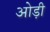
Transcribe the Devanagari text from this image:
ओड़ी